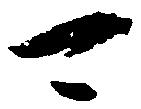
可